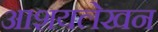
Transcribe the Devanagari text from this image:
आशयलेखन